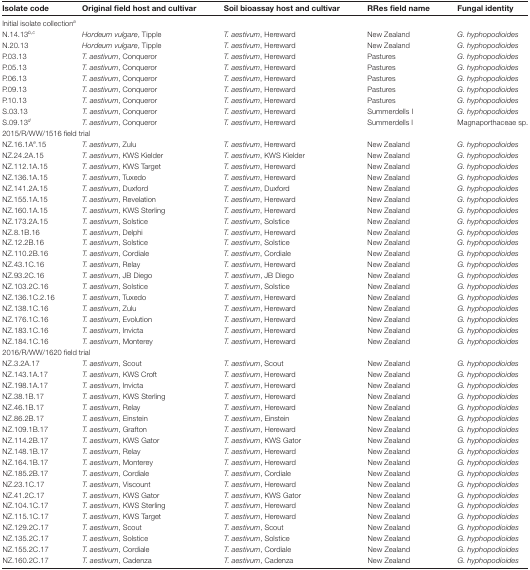
<table><thead><tr><td><b>Isolate code</b></td><td><b>Original field host and cultivar</b></td><td><b>Soil bioassay host and cultivar</b></td><td><b>RRes field name</b></td><td><b>Fungal identity</b></td></tr></thead><tbody><tr><td colspan="5">Initial isolate collection<sup><i>a</i></sup></td></tr><tr><td>N.14.13<sup><i>b</i>,<i>c</i></sup></td><td><i>Hordeum vulgare</i>, Tipple</td><td><i>T. aestivum</i>, Hereward</td><td>New Zealand</td><td><i>G. hyphopodioides</i></td></tr><tr><td>N.20.13</td><td><i>Hordeum vulgare</i>, Tipple</td><td><i>T. aestivum</i>, Hereward</td><td>New Zealand</td><td><i>G. hyphopodioides</i></td></tr><tr><td>P.03.13</td><td><i>T. aestivum</i>, Conqueror</td><td><i>T. aestivum</i>, Hereward</td><td>Pastures</td><td><i>G. hyphopodioides</i></td></tr><tr><td>P.05.13</td><td><i>T. aestivum</i>, Conqueror</td><td><i>T. aestivum</i>, Hereward</td><td>Pastures</td><td><i>G. hyphopodioides</i></td></tr><tr><td>P.06.13</td><td><i>T. aestivum</i>, Conqueror</td><td><i>T. aestivum</i>, Hereward</td><td>Pastures</td><td><i>G. hyphopodioides</i></td></tr><tr><td>P.09.13</td><td><i>T. aestivum</i>, Conqueror</td><td><i>T. aestivum</i>, Hereward</td><td>Pastures</td><td><i>G. hyphopodioides</i></td></tr><tr><td>P.10.13</td><td><i>T. aestivum</i>, Conqueror</td><td><i>T. aestivum</i>, Hereward</td><td>Pastures</td><td><i>G. hyphopodioides</i></td></tr><tr><td>S.03.13</td><td><i>T. aestivum</i>, Conqueror</td><td><i>T. aestivum</i>, Hereward</td><td>Summerdells I</td><td><i>G. hyphopodioides</i></td></tr><tr><td>S.09.13<sup><i>d</i></sup></td><td><i>T. aestivum</i>, Conqueror</td><td><i>T. aestivum</i>, Hereward</td><td>Summerdells I</td><td>Magnaporthaceae sp.</td></tr><tr><td colspan="5">2015/R/WW/1516 field trial</td></tr><tr><td>NZ.16.1A<sup><i>e</i></sup>.15</td><td><i>T. aestivum</i>, Zulu</td><td><i>T. aestivum</i>, Hereward</td><td>New Zealand</td><td><i>G. hyphopodioides</i></td></tr><tr><td>NZ.24.2A.15</td><td><i>T. aestivum</i>, KWS Kielder</td><td><i>T. aestivum</i>, KWS Kielder</td><td>New Zealand</td><td><i>G. hyphopodioides</i></td></tr><tr><td>NZ.112.1A.15</td><td><i>T. aestivum</i>, KWS Target</td><td><i>T. aestivum</i>, Hereward</td><td>New Zealand</td><td><i>G. hyphopodioides</i></td></tr><tr><td>NZ.136.1A.15</td><td><i>T. aestivum</i>, Tuxedo</td><td><i>T. aestivum</i>, Hereward</td><td>New Zealand</td><td><i>G. hyphopodioides</i></td></tr><tr><td>NZ.141.2A.15</td><td><i>T. aestivum</i>, Duxford</td><td><i>T. aestivum</i>, Duxford</td><td>New Zealand</td><td><i>G. hyphopodioides</i></td></tr><tr><td>NZ.155.1A.15</td><td><i>T. aestivum</i>, Revelation</td><td><i>T. aestivum</i>, Hereward</td><td>New Zealand</td><td><i>G. hyphopodioides</i></td></tr><tr><td>NZ.160.1A.15</td><td><i>T. aestivum</i>, KWS Sterling</td><td><i>T. aestivum</i>, Hereward</td><td>New Zealand</td><td><i>G. hyphopodioides</i></td></tr><tr><td>NZ.173.2A.15</td><td><i>T. aestivum</i>, Solstice</td><td><i>T. aestivum</i>, Solstice</td><td>New Zealand</td><td><i>G. hyphopodioides</i></td></tr><tr><td>NZ.8.1B.16</td><td><i>T. aestivum</i>, Delphi</td><td><i>T. aestivum</i>, Hereward</td><td>New Zealand</td><td><i>G. hyphopodioides</i></td></tr><tr><td>NZ.12.2B.16</td><td><i>T. aestivum</i>, Solstice</td><td><i>T. aestivum</i>, Solstice</td><td>New Zealand</td><td><i>G. hyphopodioides</i></td></tr><tr><td>NZ.110.2B.16</td><td><i>T. aestivum</i>, Cordiale</td><td><i>T. aestivum</i>, Cordiale</td><td>New Zealand</td><td><i>G. hyphopodioides</i></td></tr><tr><td>NZ.43.1C.16</td><td><i>T. aestivum</i>, Relay</td><td><i>T. aestivum</i>, Hereward</td><td>New Zealand</td><td><i>G. hyphopodioides</i></td></tr><tr><td>NZ.93.2C.16</td><td><i>T. aestivum</i>, JB Diego</td><td><i>T. aestivum</i>, JB Diego</td><td>New Zealand</td><td><i>G. hyphopodioides</i></td></tr><tr><td>NZ.103.2C.16</td><td><i>T. aestivum</i>, Solstice</td><td><i>T. aestivum</i>, Solstice</td><td>New Zealand</td><td><i>G. hyphopodioides</i></td></tr><tr><td>NZ.136.1C.2.16</td><td><i>T. aestivum</i>, Tuxedo</td><td><i>T. aestivum</i>, Hereward</td><td>New Zealand</td><td><i>G. hyphopodioides</i></td></tr><tr><td>NZ.138.1C.16</td><td><i>T. aestivum</i>, Zulu</td><td><i>T. aestivum</i>, Hereward</td><td>New Zealand</td><td><i>G. hyphopodioides</i></td></tr><tr><td>NZ.176.1C.16</td><td><i>T. aestivum</i>, Evolution</td><td><i>T. aestivum</i>, Hereward</td><td>New Zealand</td><td><i>G. hyphopodioides</i></td></tr><tr><td>NZ.183.1C.16</td><td><i>T. aestivum</i>, Invicta</td><td><i>T. aestivum</i>, Hereward</td><td>New Zealand</td><td><i>G. hyphopodioides</i></td></tr><tr><td>NZ.184.1C.16</td><td><i>T. aestivum</i>, Monterey</td><td><i>T. aestivum</i>, Hereward</td><td>New Zealand</td><td><i>G. hyphopodioides</i></td></tr><tr><td colspan="5">2016/R/WW/1620 field trial</td></tr><tr><td>NZ.3.2A.17</td><td><i>T. aestivum</i>, Scout</td><td><i>T. aestivum</i>, Scout</td><td>New Zealand</td><td><i>G. hyphopodioides</i></td></tr><tr><td>NZ.143.1A.17</td><td><i>T. aestivum</i>, KWS Croft</td><td><i>T. aestivum</i>, Hereward</td><td>New Zealand</td><td><i>G. hyphopodioides</i></td></tr><tr><td>NZ.198.1A.17</td><td><i>T. aestivum</i>, Invicta</td><td><i>T. aestivum</i>, Hereward</td><td>New Zealand</td><td><i>G. hyphopodioides</i></td></tr><tr><td>NZ.38.1B.17</td><td><i>T. aestivum</i>, KWS Sterling</td><td><i>T. aestivum</i>, Hereward</td><td>New Zealand</td><td><i>G. hyphopodioides</i></td></tr><tr><td>NZ.46.1B.17</td><td><i>T. aestivum</i>, Relay</td><td><i>T. aestivum</i>, Hereward</td><td>New Zealand</td><td><i>G. hyphopodioides</i></td></tr><tr><td>NZ.86.2B.17</td><td><i>T. aestivum</i>, Einstein</td><td><i>T. aestivum</i>, Einstein</td><td>New Zealand</td><td><i>G. hyphopodioides</i></td></tr><tr><td>NZ.109.1B.17</td><td><i>T. aestivum</i>, Grafton</td><td><i>T. aestivum</i>, Hereward</td><td>New Zealand</td><td><i>G. hyphopodioides</i></td></tr><tr><td>NZ.114.2B.17</td><td><i>T. aestivum</i>, KWS Gator</td><td><i>T. aestivum</i>, KWS Gator</td><td>New Zealand</td><td><i>G. hyphopodioides</i></td></tr><tr><td>NZ.148.1B.17</td><td><i>T. aestivum</i>, Relay</td><td><i>T. aestivum</i>, Hereward</td><td>New Zealand</td><td><i>G. hyphopodioides</i></td></tr><tr><td>NZ.164.1B.17</td><td><i>T. aestivum</i>, Monterey</td><td><i>T. aestivum</i>, Hereward</td><td>New Zealand</td><td><i>G. hyphopodioides</i></td></tr><tr><td>NZ.185.2B.17</td><td><i>T. aestivum</i>, Cordiale</td><td><i>T. aestivum</i>, Cordiale</td><td>New Zealand</td><td><i>G. hyphopodioides</i></td></tr><tr><td>NZ.23.1C.17</td><td><i>T. aestivum</i>, Viscount</td><td><i>T. aestivum</i>, Hereward</td><td>New Zealand</td><td><i>G. hyphopodioides</i></td></tr><tr><td>NZ.41.2C.17</td><td><i>T. aestivum</i>, KWS Gator</td><td><i>T. aestivum</i>, KWS Gator</td><td>New Zealand</td><td><i>G. hyphopodioides</i></td></tr><tr><td>NZ.104.1C.17</td><td><i>T. aestivum</i>, KWS Sterling</td><td><i>T. aestivum</i>, Hereward</td><td>New Zealand</td><td><i>G. hyphopodioides</i></td></tr><tr><td>NZ.115.1C.17</td><td><i>T. aestivum</i>, KWS Target</td><td><i>T. aestivum</i>, Hereward</td><td>New Zealand</td><td><i>G. hyphopodioides</i></td></tr><tr><td>NZ.129.2C.17</td><td><i>T. aestivum</i>, Scout</td><td><i>T. aestivum</i>, Scout</td><td>New Zealand</td><td><i>G. hyphopodioides</i></td></tr><tr><td>NZ.135.2C.17</td><td><i>T. aestivum</i>, Solstice</td><td><i>T. aestivum</i>, Solstice</td><td>New Zealand</td><td><i>G. hyphopodioides</i></td></tr><tr><td>NZ.155.2C.17</td><td><i>T. aestivum</i>, Cordiale</td><td><i>T. aestivum</i>, Cordiale</td><td>New Zealand</td><td><i>G. hyphopodioides</i></td></tr><tr><td>NZ.160.2C.17</td><td><i>T. aestivum</i>, Cadenza</td><td><i>T. aestivum</i>, Cadenza</td><td>New Zealand</td><td><i>G. hyphopodioides</i></td></tr></tbody></table>